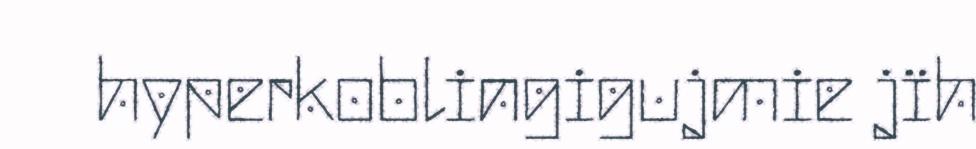
hyperkoblingigujmie jïh